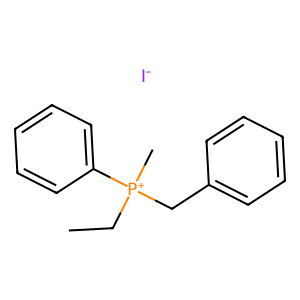
SMILES: CC[P+](C)(Cc1ccccc1)c1ccccc1.[I-]
Inhibits HIV replication: No